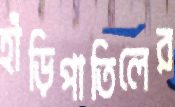
হাঁড়িপাতিলের